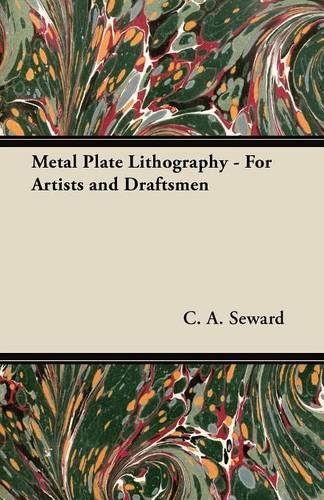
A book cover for Metal Plate Lithography - For Artists and Draftsmen; C. A. Seward; Arts & Photography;